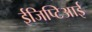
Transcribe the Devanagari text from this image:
ईजिप्टिआई